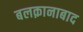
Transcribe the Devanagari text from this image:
बलक़ानाबाद